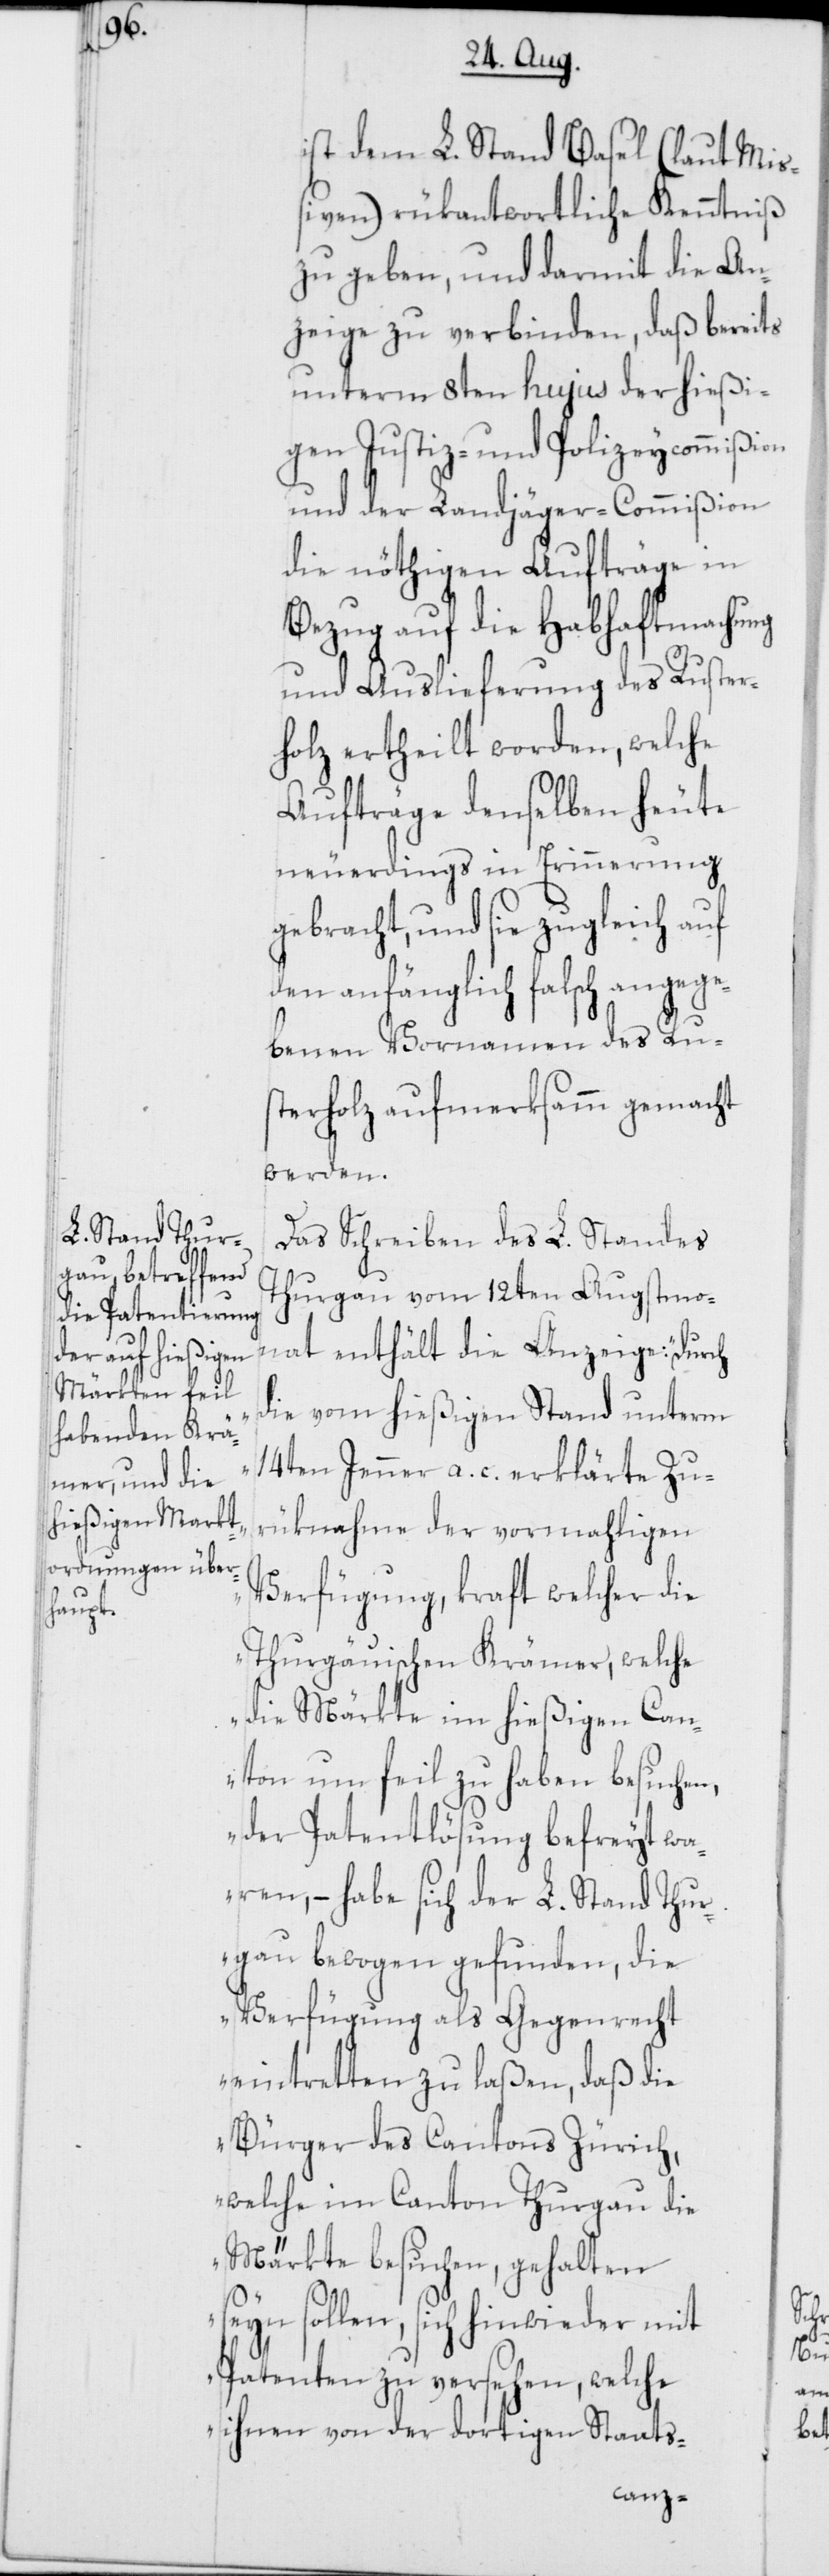
ist dem L. Stand Basel (laut Mi¬
ßiven) rükantwortlich Kenntniß
zu geben, und darmit die An¬
zeige zu verbinden, daß bereits
unterm 8ten hujus der hießi¬
gen Justiz- und Polizeycommißion
und der Landjäger-Commißion
die nöthigen Aufträge in
Bezug auf die Habhaftmachung
und Auslieferung des Ruster¬
holz ertheilt worden, welche
Aufträge denselben heute
neuerdings in Erinnerung
gebracht, und sie zugleich auf
den anfänglich falsch angege¬
benen Vornamen des Ru¬
sterholz aufmerksamm gemacht
werden.
Das Schreiben des L. Standes
Thurgau vom 12ten Augstmo¬
nat enthält die Anzeige: „Durch
die von hießigem Stand unterm
14ten Jenner a. c. erklärte Zu¬
rüknahme der vormahligen
Verfügung, kraft welcher die
Thurgäuischen Krämer, welche
die Märkte im hießigen Can¬
ton um feil zu haben besuchen,
der Patentlösung befreyt wa¬
ren, – habe sich der L. Stand Thur¬
gau bewogen gefunden, die
Verfügung als Gegenrecht
eintretten zu laßen, daß die
Bürger des Cantons Zürich,
welche im Canton Thurgau die
Märkte besuchen, gehalten
seyn sollen, sich hinwieder mit
Patenten zu versehen, welche
ihnen von der dortigen Staats-